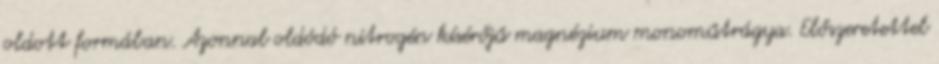
oldott formában. Azonnal oldódó nitrogén kísérőjű magnézium monoműtrágya. Előszeretettel